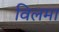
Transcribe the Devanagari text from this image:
विलमा